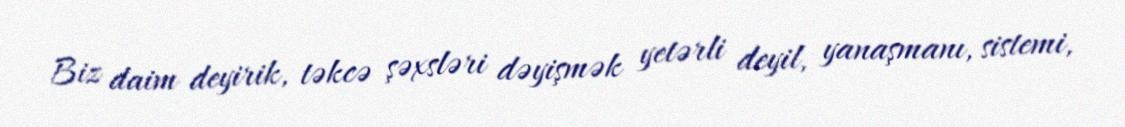
Biz daim deyirik, təkcə şəxsləri dəyişmək yetərli deyil, yanaşmanı, sistemi,